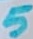
Text: 5